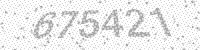
Solution: 675421